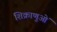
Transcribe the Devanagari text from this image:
शिक्राणुओं